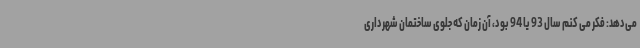
می‌دهد: فکر می کنم سال 93 یا 94 بود، آن زمان که جلوی ساختمان شهرداری